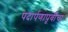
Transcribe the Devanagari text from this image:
पदार्पणापूर्वीचा